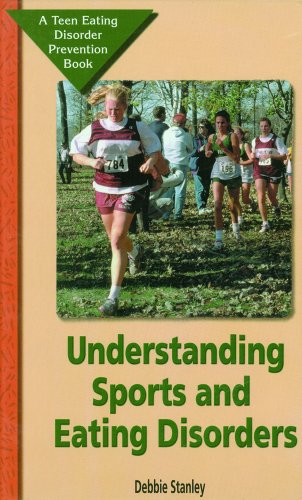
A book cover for Understanding Sports and Eating Disorders: A Teen Eating Disorder Prevention Book; Debbie Stanley; Teen & Young Adult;